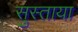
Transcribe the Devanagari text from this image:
सुस्ताया